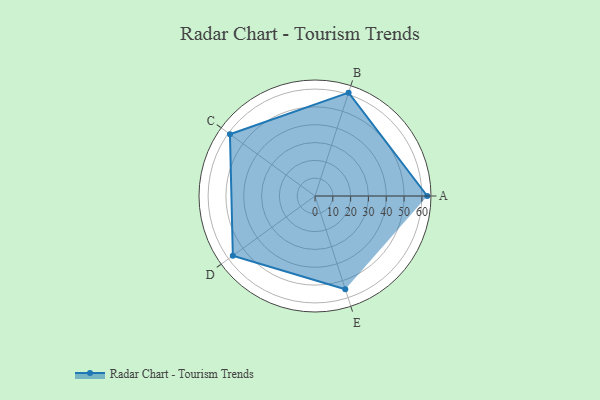
{"axis": {"x": "Skill", "y": "Score"}, "legend": ["Profile"], "data": [{"x": "A", "y": 63.0, "type": "Profile"}, {"x": "B", "y": 61.0, "type": "Profile"}, {"x": "C", "y": 59.0, "type": "Profile"}, {"x": "D", "y": 57.0, "type": "Profile"}, {"x": "E", "y": 55.0, "type": "Profile"}]}